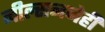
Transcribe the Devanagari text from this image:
नील्सननेही